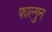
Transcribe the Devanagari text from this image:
फाल्‍गुन